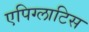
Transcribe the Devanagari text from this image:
एपिग्लाटिस